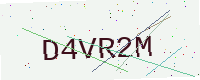
Text: D4VR2M